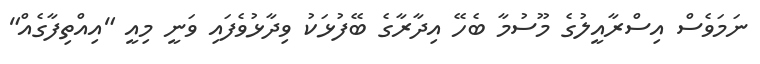
ނަމަވެސް އިސްރާއީލުގެ މޫސުމާ ބެހޭ އިދާރާގެ ބޭފުޅަކު ވިދާޅުވެފައި ވަނީ މިއީ "އިއްތިފާގެއް"